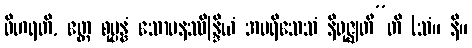
ဝိဟရတိ, ဧတ္ထ စုပ္ပန္နံ သောမနဿိန္ဒြိယံ အပရိသေသံ နိရုဇ္ဈတီ”တိ (သံ။ နိ။